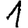
Digit: 1